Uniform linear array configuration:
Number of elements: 64
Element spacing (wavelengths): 0.5
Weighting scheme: hann
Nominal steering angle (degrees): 0
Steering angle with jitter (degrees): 1.218
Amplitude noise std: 0.05
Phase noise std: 0.05

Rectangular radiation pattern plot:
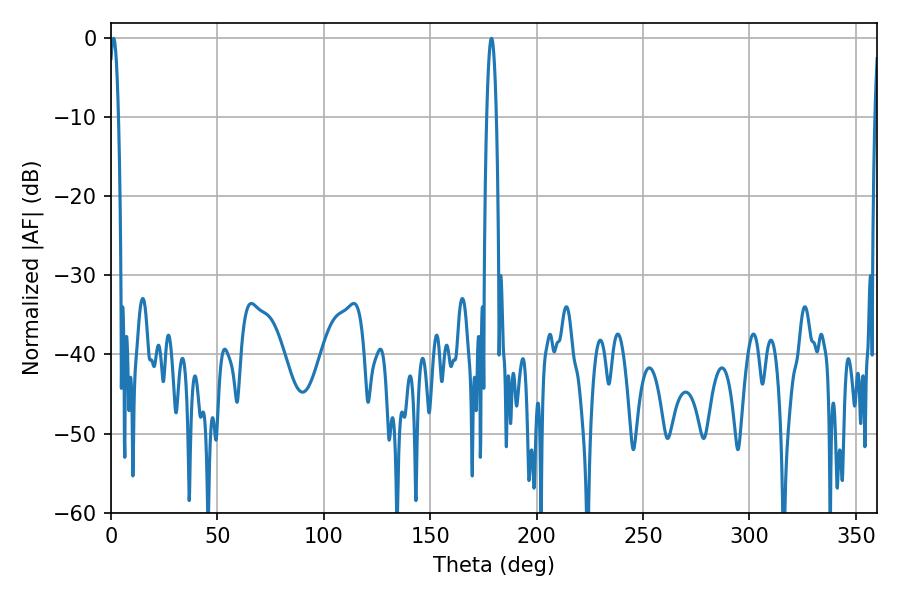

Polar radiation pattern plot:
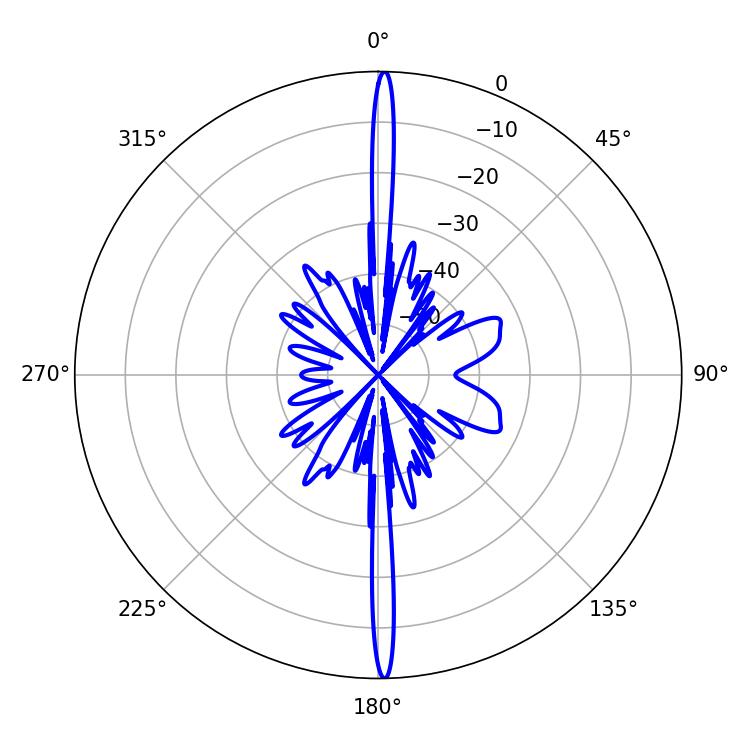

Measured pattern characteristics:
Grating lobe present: FALSE
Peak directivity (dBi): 29.658
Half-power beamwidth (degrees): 2.52
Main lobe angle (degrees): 1.26